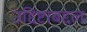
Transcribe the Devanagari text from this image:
उद्दिष्टाबद्दल